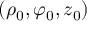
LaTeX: ( \rho _ { 0 } , \varphi _ { 0 } , z _ { 0 } )